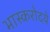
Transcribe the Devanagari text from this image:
भास्करोदये